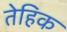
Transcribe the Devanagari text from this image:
तेहिक